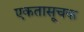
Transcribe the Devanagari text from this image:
एकतासूचक